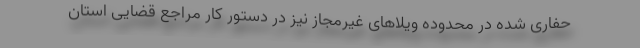
حفاری شده در محدوده ویلاهای غیرمجاز نیز در دستور کار مراجع قضایی استان